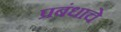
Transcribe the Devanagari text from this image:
प्रबंधाचे